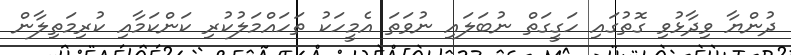
ދުންޔާ ވިދާޅުވި ގޮތުގައި ހަގީގަތް ނުބަލައި ނުވަތަ އެމީހަކު ތަހައްމަލުކުރި ކަންކަމާއި ކުރިމަތިލާން